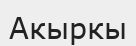
Акыркы